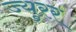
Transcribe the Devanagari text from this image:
ज्युरर